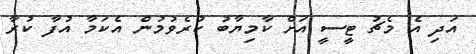
އަދި އެ މެޗު ޓީސީ އަށް ކާމިޔާބު ކުރެވުމުން އެކަމާ އުފާ ކުރާ